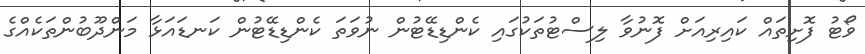
ވޯޓު ފޮށިތައް ކައިރިއަށް ފޮނުވާ ލިސްޓުތަކުގައި ކެންޑިޑޭޓުން ނުވަތަ ކެންޑިޑޭޓުން ކަނޑައަޅާ މަންދޫބުންތަކެއްގެ